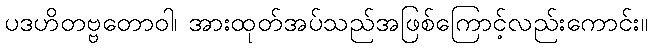
ပဒဟိတဗ္ဗတောဝါ၊ အားထုတ်အပ်သည်အဖြစ်ကြောင့်လည်းကောင်း။